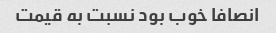
انصافا خوب بود نسبت به قیمت